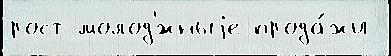
рост молод'́жныjе прода́жи